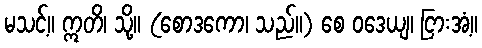
မသင့်။ ဣတိ၊ သို့။ (စောဒကော၊ သည်။) စေ ဝဒေယျ၊ ငြားအံ့။